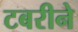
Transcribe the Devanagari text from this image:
टबरीने